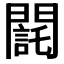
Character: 𨶃